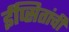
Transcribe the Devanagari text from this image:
ईप्सितांची